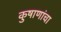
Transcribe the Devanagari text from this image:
कुषाणांचा